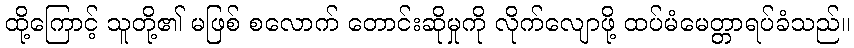
ထို့ကြောင့် သူတို့၏ မဖြစ် စလောက် တောင်းဆိုမှုကို လိုက်လျောဖို့ ထပ်မံမေတ္တာရပ်ခံသည်။